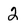
Character: 2